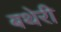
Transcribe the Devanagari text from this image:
बथेरी